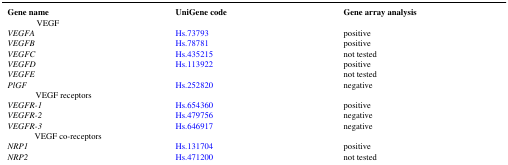
| Gene name | UniGene code | Gene array analysis |
 | --- | --- | --- |
 | <COLSPAN=3> VEGF |
 | VEGFA | Hs.73793 | positive |
 | VEGFB | Hs.78781 | positive |
 | VEGFC | Hs.435215 | not tested |
 | VEGFD | Hs.113922 | positive |
 | VEGFE |  | not tested |
 | PlGF | Hs.252820 | negative |
 | <COLSPAN=3> VEGF receptors |
 | VEGFR-1 | Hs.654360 | positive |
 | VEGFR-2 | Hs.479756 | negative |
 | VEGFR-3 | Hs.646917 | negative |
 | <COLSPAN=3> VEGF co-receptors |
 | NRP1 | Hs.131704 | positive |
 | NRP2 | Hs.471200 | not tested |